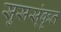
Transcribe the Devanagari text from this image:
सुसस्ंकृत